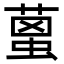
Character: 𦹌